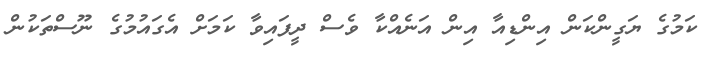
ކަމުގެ ޔަގީންކަން އިންޑިއާ އިން އަނެއްކާ ވެސް ދީފައިވާ ކަމަށް އެގައުމުގެ ނޫސްތަކުން